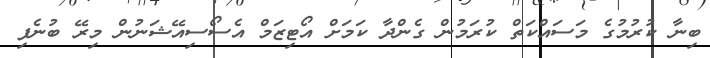
ބިނާ ކުރުމުގެ މަސައްކަތް ކުރަމުން ގެންދާ ކަމަށް އޯޓިޒަމް އެސޯސިއޭޝަނުން މިރޭ ބުނެފި